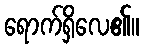
ရောက်ရှိလေ၏။